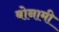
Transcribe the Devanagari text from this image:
बोनामी